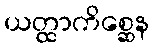
ယတ္ထာကိစ္ဆေန